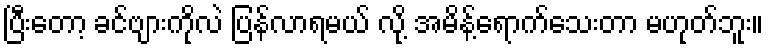
ပြီးတော့ ခင်ဗျားကိုလဲ ပြန်လာရမယ် လို့ အမိန့်ရောက်သေးတာ မဟုတ်ဘူး။